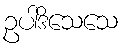
ဥပါဒိသေသေ